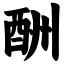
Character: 酬